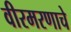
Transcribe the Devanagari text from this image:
वीरमरणाचे